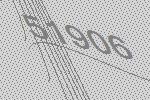
51906